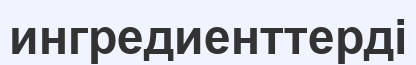
ингредиенттерді